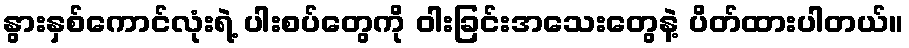
နွားနှစ်ကောင်လုံးရဲ့ ပါးစပ်တွေကို ဝါးခြင်းအသေးတွေနဲ့ ပိတ်ထားပါတယ်။